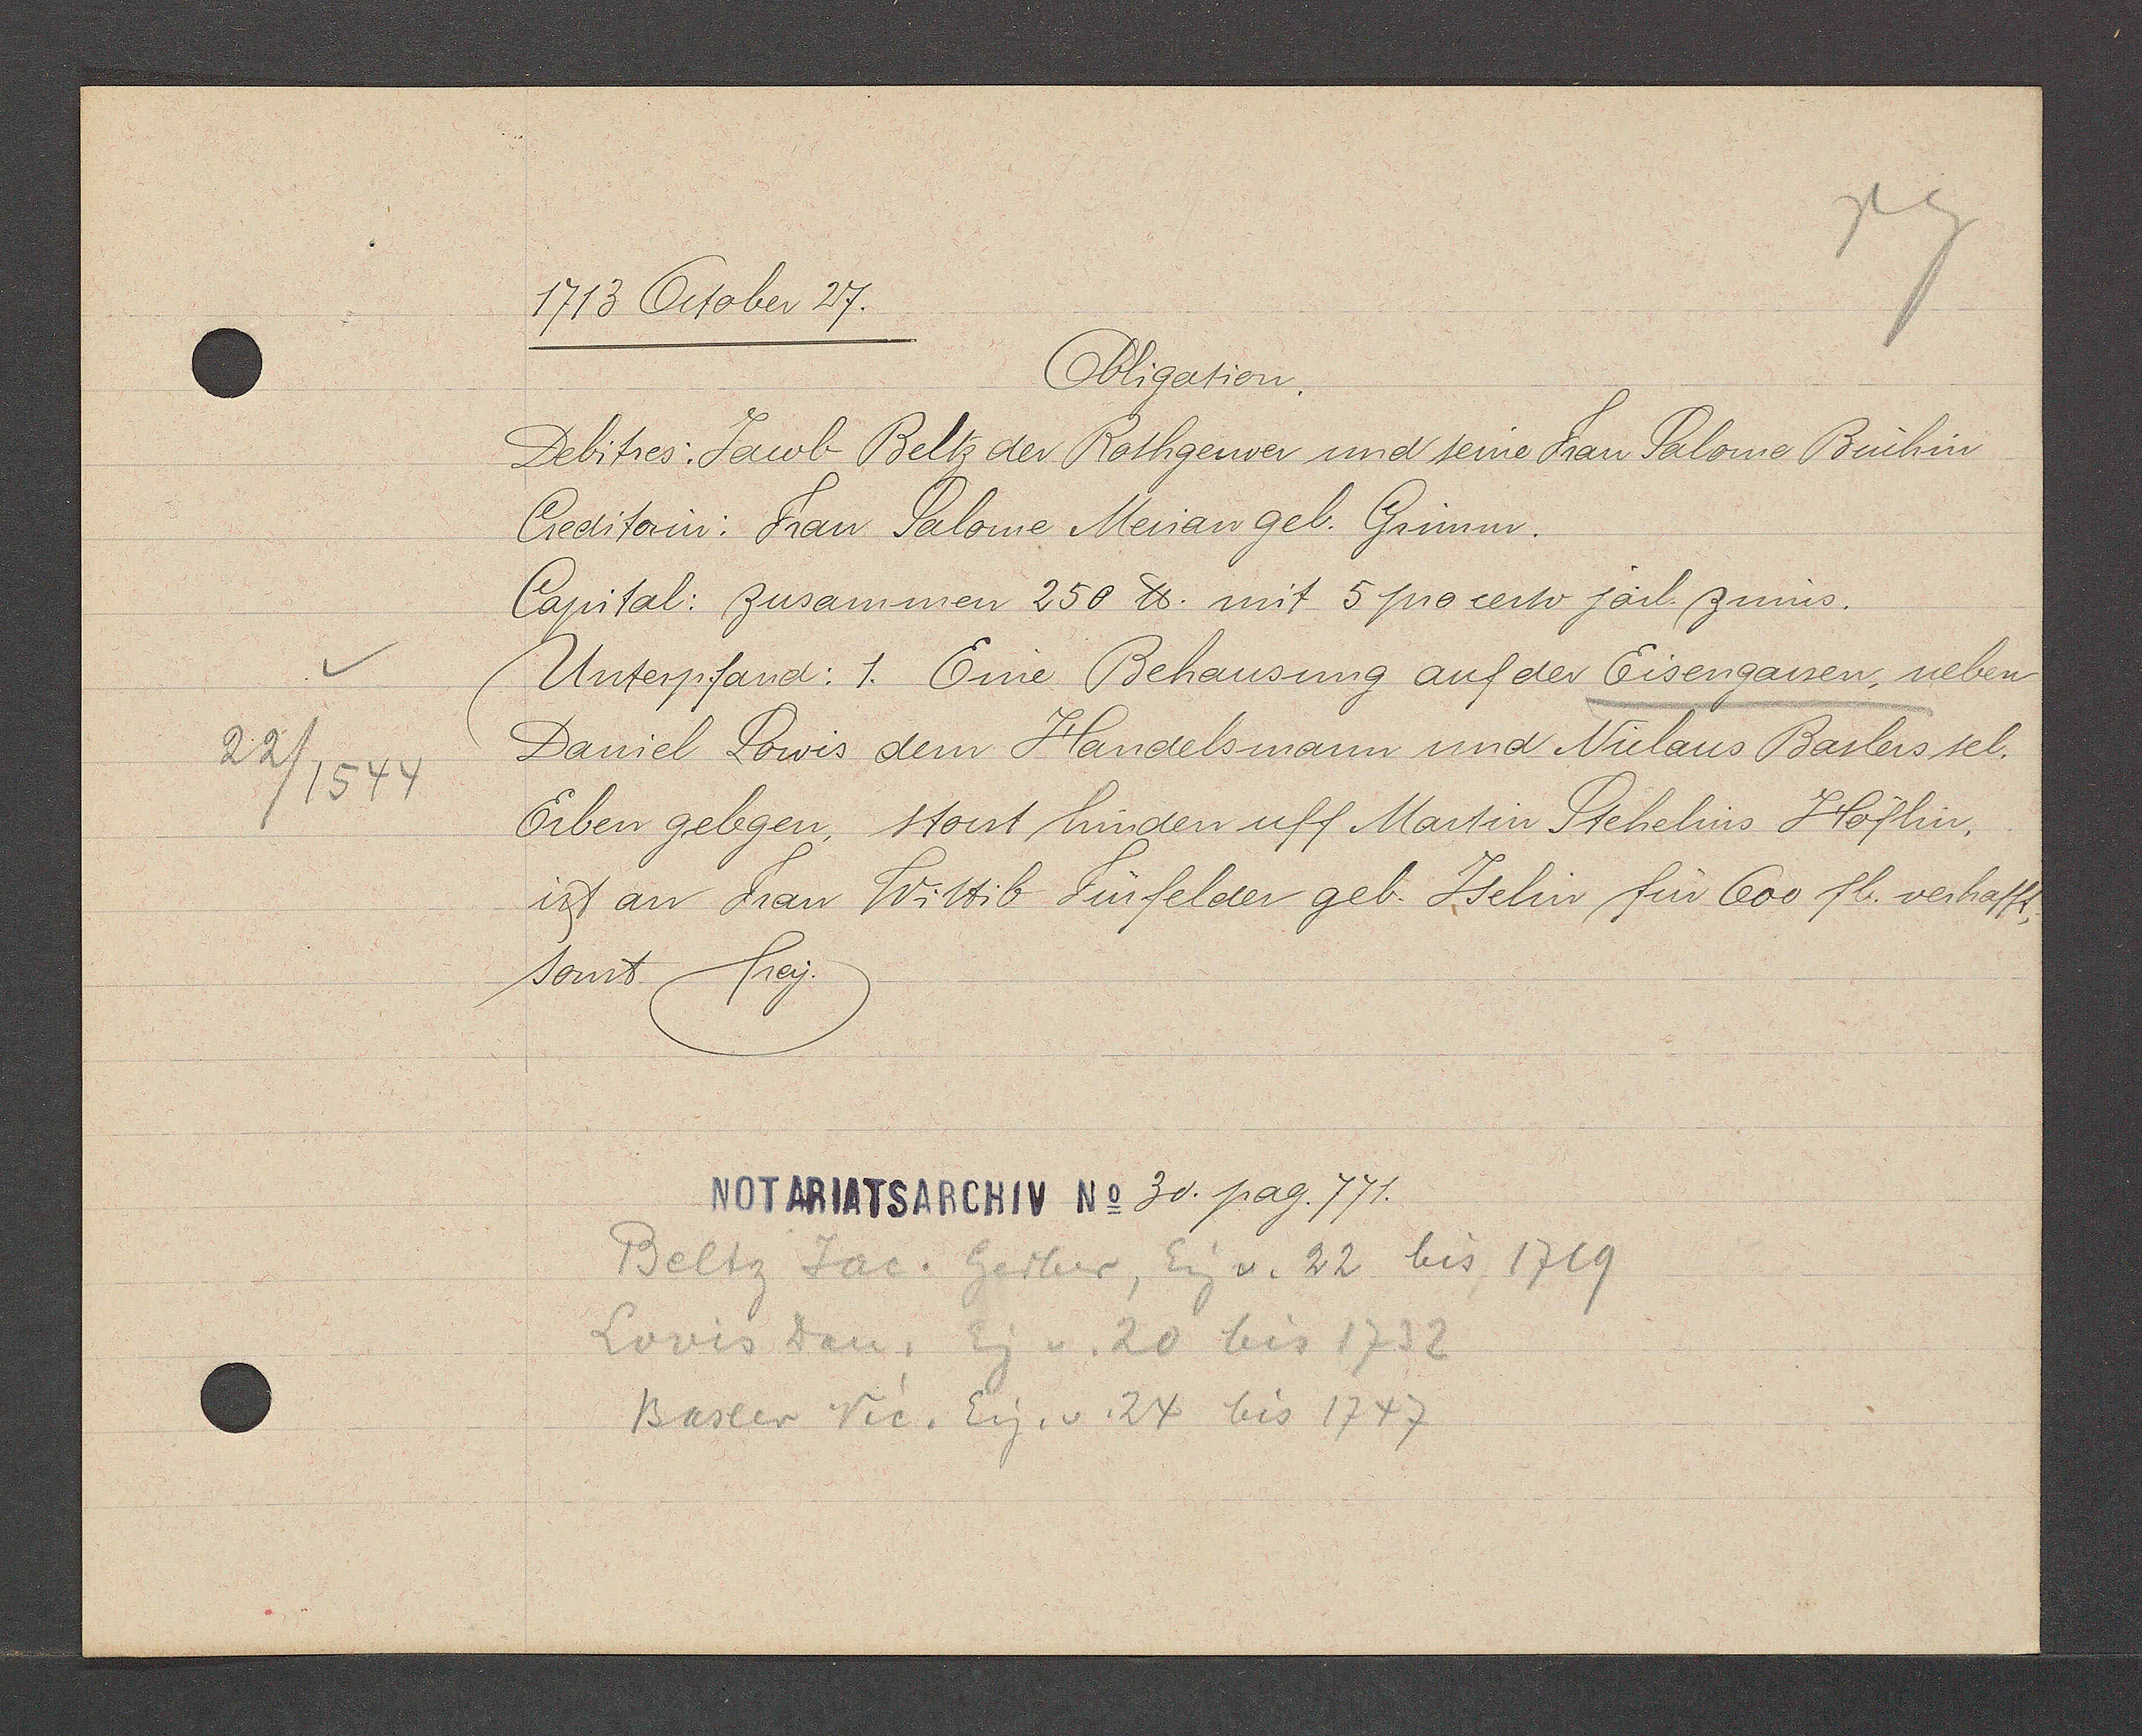
Transcript:
22/1544

1713 October 27.
Obligation.
Debitres: Jacob Beltz der Rothgerwer und seine Frau Salome Büchin
Creditorin: Frau Salome Merian geb. Grimm.
Capital: zusammen 250 ℔. mit 5 procerto järl. zinns.
Unterpfand: 1. Eine Behausung auf der Eisengassen, neben
Daniel Lowis dem Handelsmann und Niclaus Baslers sel.
Erben gelegen, stosst hinden uff Martin Stehelins Höflin.
ist an Frau Wittib Fürfelder geb. Jselin für 600 fb. verhafft,
sonst. frey.
zo. pag. 771
Beltz Jac. Gerber, Eig. v. 22 bis 1719
Lovis Dan. Eig v. 20 bis 1732
Basler Vic. Eig. v. 24 bis 1747